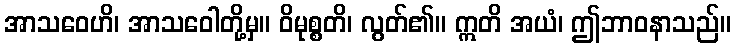
အာသဝေဟိ၊ အာသဝေါတို့မှ။ ဝိမုစ္စတိ၊ လွတ်၏။ ဣတိ အယံ၊ ဤဘာဝနာသည်။